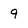
Character: 9